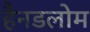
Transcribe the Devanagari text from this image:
हैनडलोम